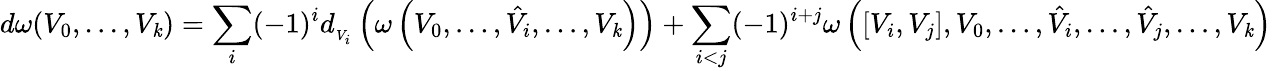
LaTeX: d\omega(V_{0},...,V_{\mathit{k}})=\sum_{i}(-1)^{i}d_{{}_{V_{i}}}\left(\omega\left(V_{0},\ldots,{\hat{{V}}}_{i},\ldots,V_{\mathit{k}}\right)\right)+\sum_{i<j}(-1)^{i+j}\omega\left(\left[V_{i},V_{j}\right],V_{0},\ldots,{\hat{{V}}}_{i},\ldots,{\hat{{V}}}_{j},\ldots,V_{\mathit{k}}\right)